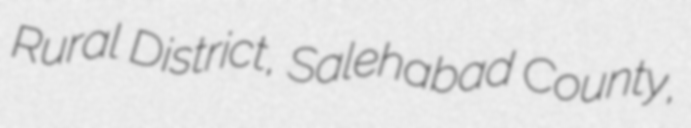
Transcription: Rural District, Salehabad County,